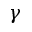
\gamma